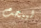
ليبحث